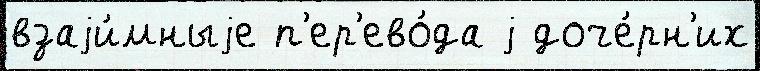
взаjи́мныjе п'ер'ево́да j доче́рн'их